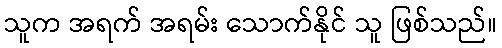
သူက အရက် အရမ်း သောက်နိုင် သူ ဖြစ်သည်။